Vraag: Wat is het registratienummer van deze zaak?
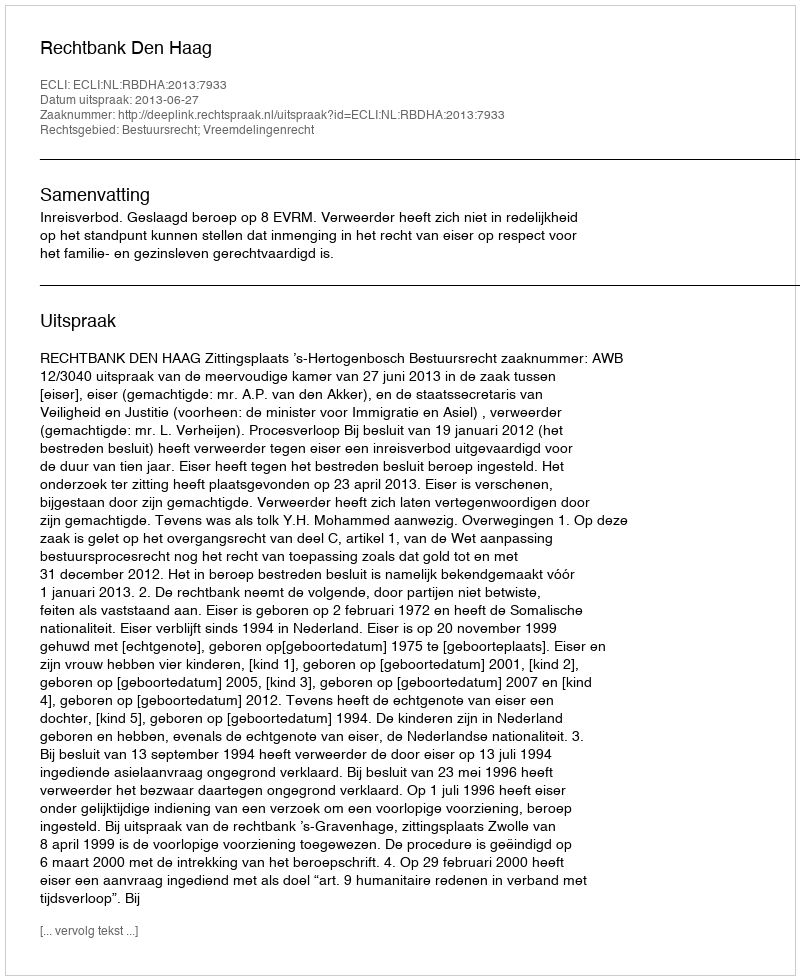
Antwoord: http://deeplink.rechtspraak.nl/uitspraak?id=ECLI:NL:RBDHA:2013:7933